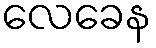
လေခေန